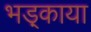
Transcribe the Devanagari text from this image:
भड़्काया